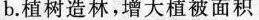
b。植树造林，增大植被面积